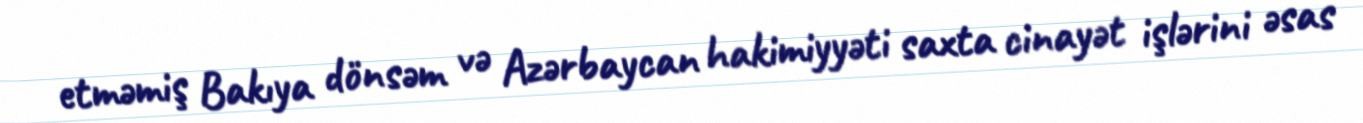
etməmiş Bakıya dönsəm və Azərbaycan hakimiyyəti saxta cinayət işlərini əsas